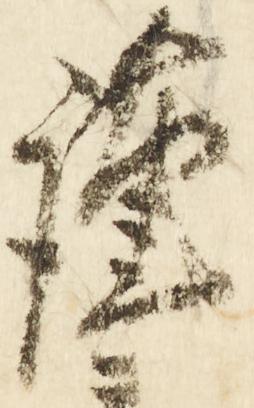
謹